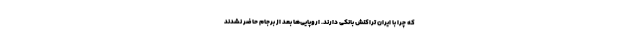
که چرا با ایران تراکنش بانکی دارند. اروپایی‌ها بعد از برجام حاضر نشدند